Report on horse surra - Volume II, Part II
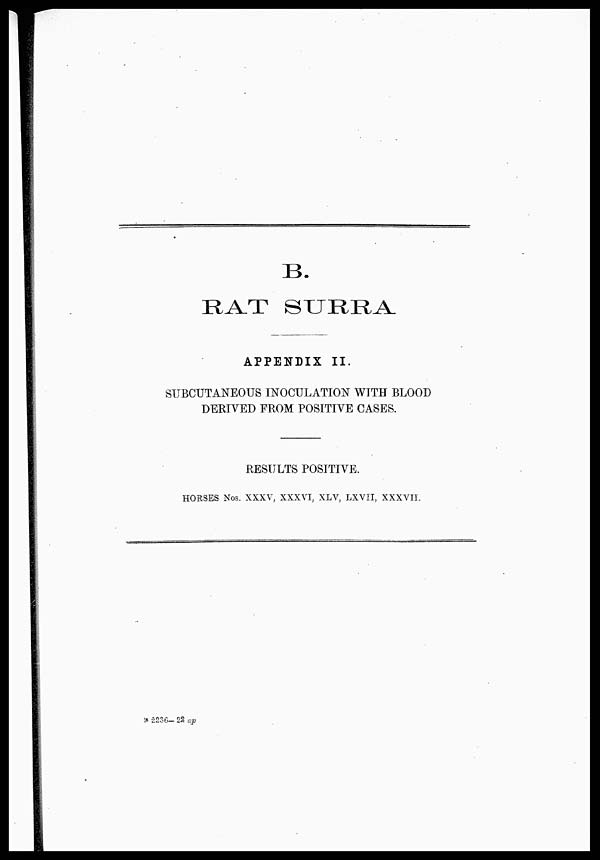
B.
RAT SURRA.
APPENDIX II.
SUBCUTANEOUS INOCULATION WITH BLOOD
DERIVED FROM POSITIVE CASES.
RESULTS POSITIVE.
HORSES Nos. XXXV, XXXVI, XLV, LXVII, XXXVII.
B 2236- 22 ap